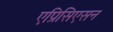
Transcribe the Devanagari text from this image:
एप्रिसिएसन